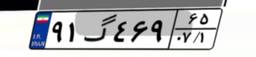
۱۳گ۵۶۹۷۶